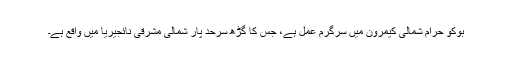
بوکو حرام شمالی کیمرون میں سرگرمِ عمل ہے، جس کا گڑھ سرحد پار شمالی مشرقی نائجیریا میں واقع ہے۔